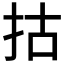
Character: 𢫈